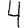
Digit: 4